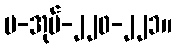
ပ-အုပ်-၂၂၀-၂၂၁။